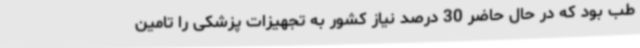
طب بود که در حال حاضر 30 درصد نیاز کشور به تجهیزات پزشکی را تامین